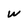
Character: W